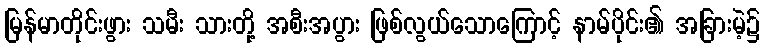
မြန်မာတိုင်းဖွား သမီး သားတို့ အစီးအပွား ဖြစ်လွယ်သောကြောင့် နာမ်ပိုင်း၏ အခြားမဲ့၌